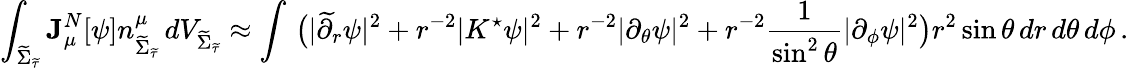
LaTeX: \int_{{\widetilde{\Sigma}_{\widetilde{\tau}}}}\mathbf{J}_{\mu}^{N}[\psi]n_{{\widetilde{\Sigma}_{\widetilde{\tau}}}}^{\mu}\, dV_{{\widetilde{\Sigma}_{\widetilde{\tau}}}}\approx\int\, \big(|\widetilde{\partial}_{r}\psi|^{2}+r^{-2}|K^{\star}\psi|^{2}+r^{-2}|\partial_{\theta}\psi|^{2}+r^{-2}\frac{1}{\sin^{2}\theta}|\partial_{\phi}\psi|^{2}\big)r^{2}\sin\theta\, dr\, d\theta\, d\phi\, .